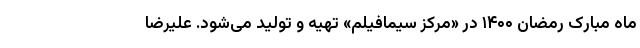
ماه مبارک رمضان ۱۴۰۰ در «مرکز سیمافیلم» تهیه و تولید می‌شود. علیرضا